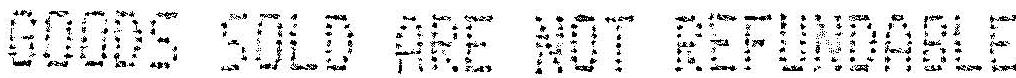
GOODS SOLD ARE NOT REFUNDABLE